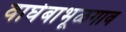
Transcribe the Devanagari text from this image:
वाघेबाभूळगाव